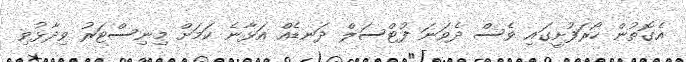
އެގޮތުން ހޯރަފުށީގައި ވެސް ދެވަނަ ފުޓްސަލް ދަނޑެއް އަޅާނެ ކަމަށް މިނިސްޓަރު ވިދާޅުވި